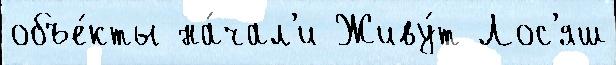
объе́кты на́чал'и Живу́т Лос'яш